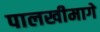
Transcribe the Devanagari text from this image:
पालखीमागे